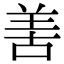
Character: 𠵊